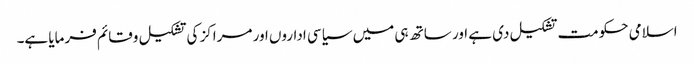
اسلامی حکومت تشکیل دی ہے اور ساتھ ہی میں سیاسی اداروں اور مراکز کی تشکیل وقائم فرمایا ہے۔